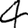
Digit: 4